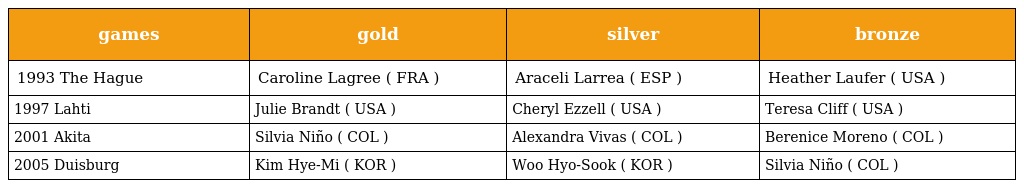
| games | gold | silver | bronze |
 | --- | --- | --- | --- |
 | 1993 The Hague | Caroline Lagree ( FRA ) | Araceli Larrea ( ESP ) | Heather Laufer ( USA ) |
 | 1997 Lahti | Julie Brandt ( USA ) | Cheryl Ezzell ( USA ) | Teresa Cliff ( USA ) |
 | 2001 Akita | Silvia Niño ( COL ) | Alexandra Vivas ( COL ) | Berenice Moreno ( COL ) |
 | 2005 Duisburg | Kim Hye-Mi ( KOR ) | Woo Hyo-Sook ( KOR ) | Silvia Niño ( COL ) |